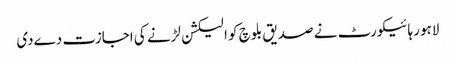
لاہور ہائیکورٹ نے صدیق بلوچ کو الیکشن لڑنے کی اجازت دےدی